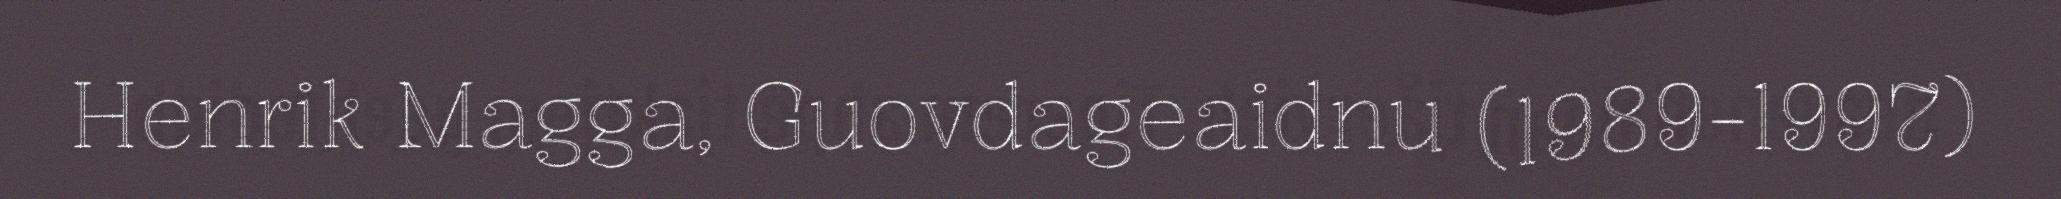
Henrik Magga, Guovdageaidnu (1989-1997)